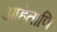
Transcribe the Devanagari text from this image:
आहेताणि